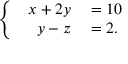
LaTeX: \left\{ \begin{array} { l l } { { \begin{array} { r l } { x + 2 y } & { { } = 1 0 } \\ { y - z } & { { } = 2 . } \end{array} } } \end{array} \right.